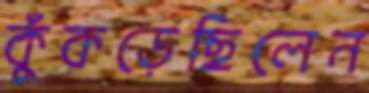
কুঁকড়েছিলেন